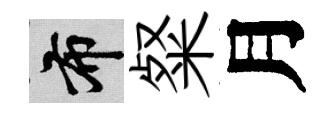
布粲月